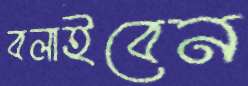
বলাইবেন